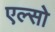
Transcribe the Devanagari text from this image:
एल्सो